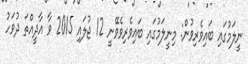
ނީލަމުގައި ބައިވެރިވުން: މިނީލަމުގައި ބައިވެރިވެވޭނީ 12 ޖުލައި 2015 ވާ އާދީއްތަ ދުވަހު